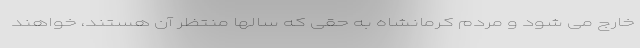
خارج می شود و مردم کرمانشاه به حقی که سالها منتظر آن هستند، خواهند